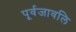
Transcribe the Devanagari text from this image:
पूर्वजावलि